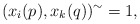
\begin{align*}(x_{i}(p), x_{k}(q) )^\sim=1,\end{align*}